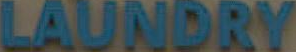
LAUNDRY